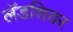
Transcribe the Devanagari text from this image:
लॅडशियर